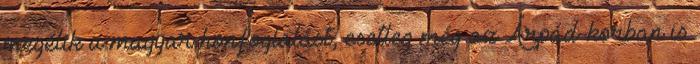
megélik a magyar honfoglalást, esetleg még az Árpád-korban is